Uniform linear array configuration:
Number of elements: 16
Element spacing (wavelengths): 0.5
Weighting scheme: hamming
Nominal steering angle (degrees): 30
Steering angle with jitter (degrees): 28.919
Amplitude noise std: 0.05
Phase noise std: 0.05

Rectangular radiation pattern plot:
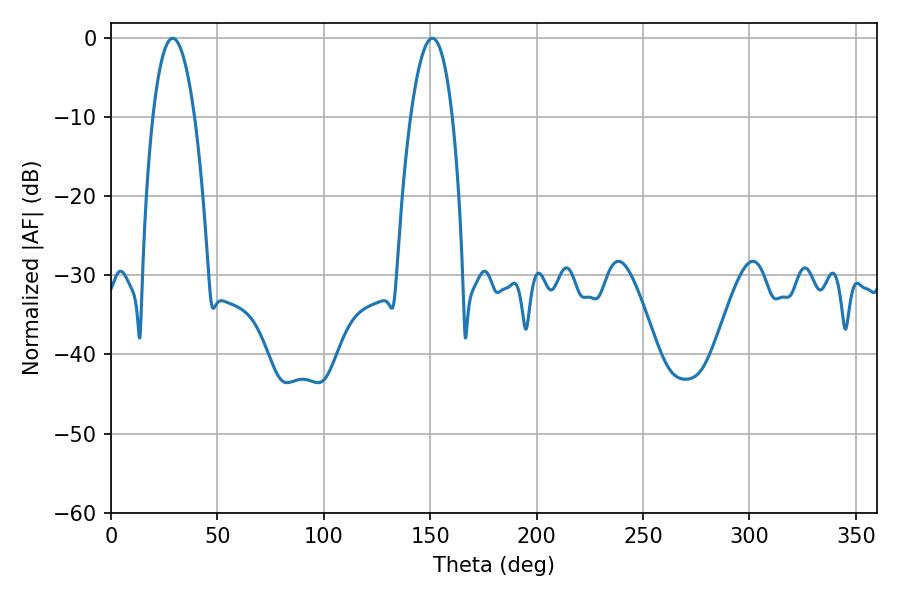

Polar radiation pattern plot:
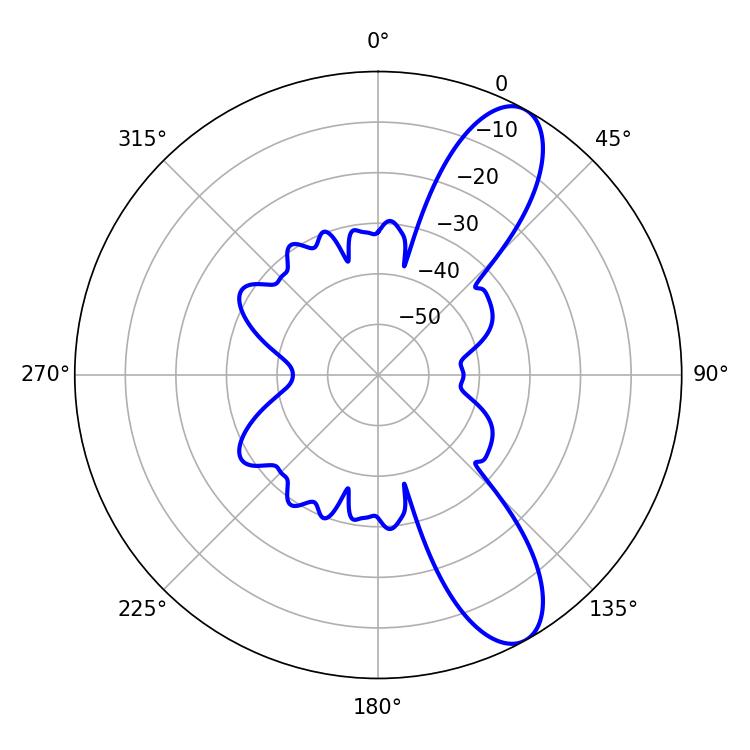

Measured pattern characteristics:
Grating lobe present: FALSE
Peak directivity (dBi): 10.075
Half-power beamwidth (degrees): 10.8
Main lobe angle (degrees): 28.98